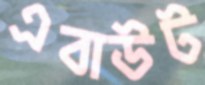
এবাউট